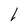
Character: 1